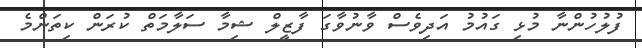
ފުލުހުންނާ މުޅި ގައުމު އަދިވެސް ވާނުވާގަ ފާޒީލް ޝިމާ ސަލާމަތް ކުރަން ކިތަންމެ